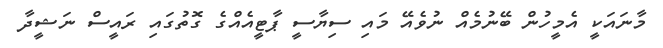
މާނައަކީ އެމީހުން ބޭނުމެއް ނުވެއޭ މައި ސިޔާސީ ޕާޓީއެއްގެ ގޮތުގައި ރައީސް ނަޝީދާ